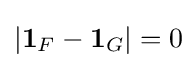
\left|\mathbf {1} _{F}-\mathbf {1} _{G}\right|=0